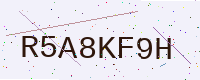
Text: R5A8KF9H